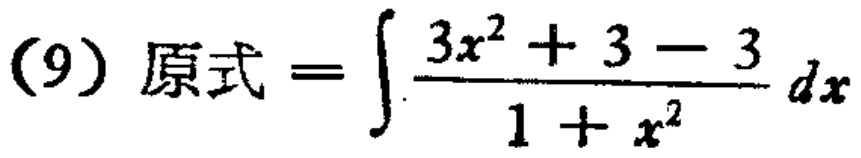
(9) 原式 \(=\int \frac{3x^{2}+3 - 3}{1 + x^{2}}dx\)